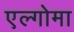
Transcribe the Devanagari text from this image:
एल्गोमा